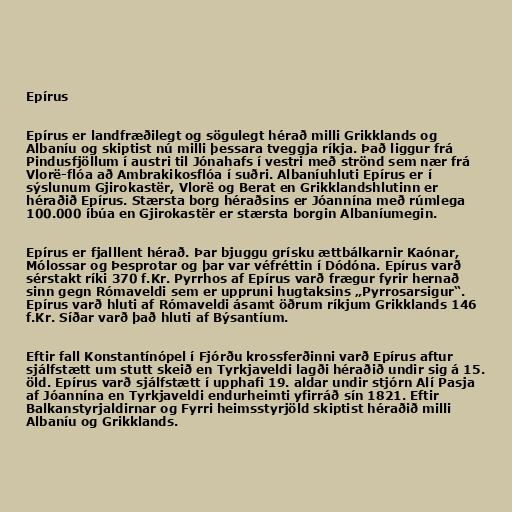
Epírus

Epírus er landfræðilegt og sögulegt hérað milli Grikklands og
Albaníu og skiptist nú milli þessara tveggja ríkja. Það liggur frá
Pindusfjöllum í austri til Jónahafs í vestri með strönd sem nær frá
Vlorë-flóa að Ambrakikosflóa í suðri. Albaníuhluti Epírus er í
sýslunum Gjirokastër, Vlorë og Berat en Grikklandshlutinn er
héraðið Epírus. Stærsta borg héraðsins er Jóannína með rúmlega
100.000 íbúa en Gjirokastër er stærsta borgin Albaníumegin.

Epírus er fjalllent hérað. Þar bjuggu grísku ættbálkarnir Kaónar,
Mólossar og Þesprotar og þar var véfréttin í Dódóna. Epírus varð
sérstakt ríki 370 f.Kr. Pyrrhos af Epírus varð frægur fyrir hernað
sinn gegn Rómaveldi sem er uppruni hugtaksins „Pyrrosarsigur“.
Epírus varð hluti af Rómaveldi ásamt öðrum ríkjum Grikklands 146
f.Kr. Síðar varð það hluti af Býsantíum.

Eftir fall Konstantínópel í Fjórðu krossferðinni varð Epírus aftur
sjálfstætt um stutt skeið en Tyrkjaveldi lagði héraðið undir sig á 15.
öld. Epírus varð sjálfstætt í upphafi 19. aldar undir stjórn Alí Pasja
af Jóannína en Tyrkjaveldi endurheimti yfirráð sín 1821. Eftir
Balkanstyrjaldirnar og Fyrri heimsstyrjöld skiptist héraðið milli
Albaníu og Grikklands.